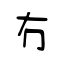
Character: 冇